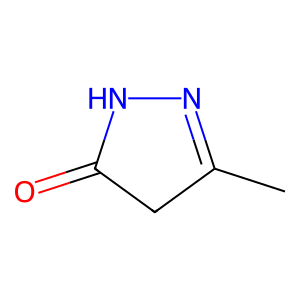
SMILES: CC1=NNC(=O)C1
Inhibits HIV replication: No